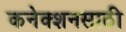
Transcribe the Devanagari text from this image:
कनेक्शनसाठी